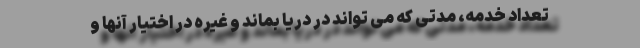
تعداد خدمه، مدتی که می تواند در دریا بماند و غیره در اختیار آنها و